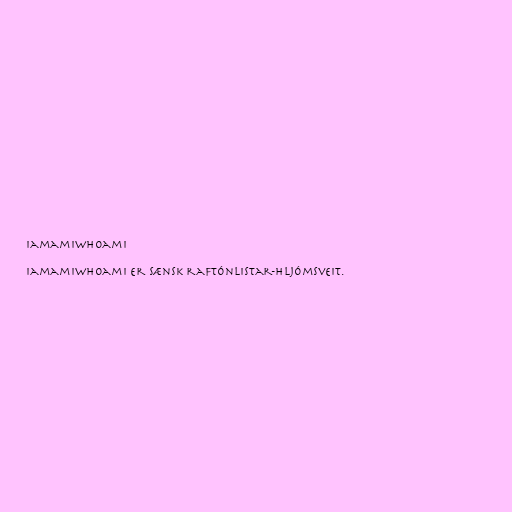
Iamamiwhoami

iamamiwhoami er sænsk raftónlistar-hljómsveit.